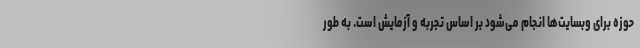
حوزه برای وبسایت‌ها انجام می‌شود بر اساس تجربه و آزمایش است. به طور